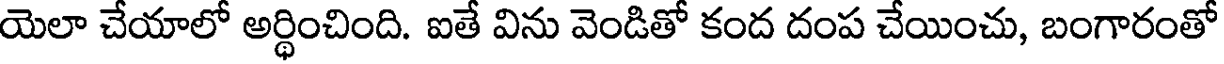
యెలా చేయాలో అర్థించింది. ఐతే విను వెండితో కంద దంప చేయించు, బంగారంతో